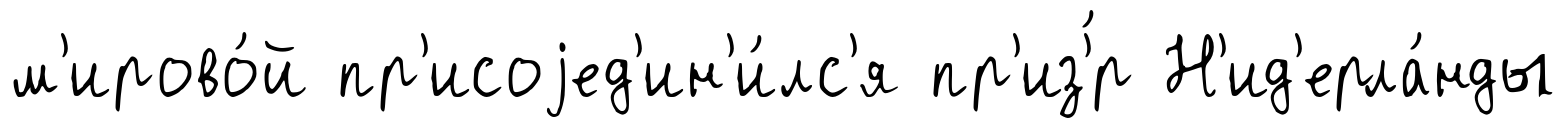
м'ирово́й пр'исоjед'ин'и́лс'я пр'из'́р Н'ид'ерла́нды